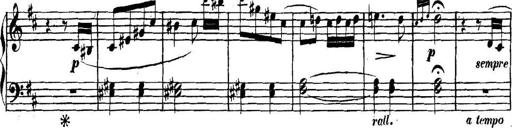
Title: Collected Piano Sonatas
Composer: Muzio Clementi